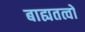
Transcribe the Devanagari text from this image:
बाह्यतत्वों